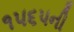
૧૫૬૫ની